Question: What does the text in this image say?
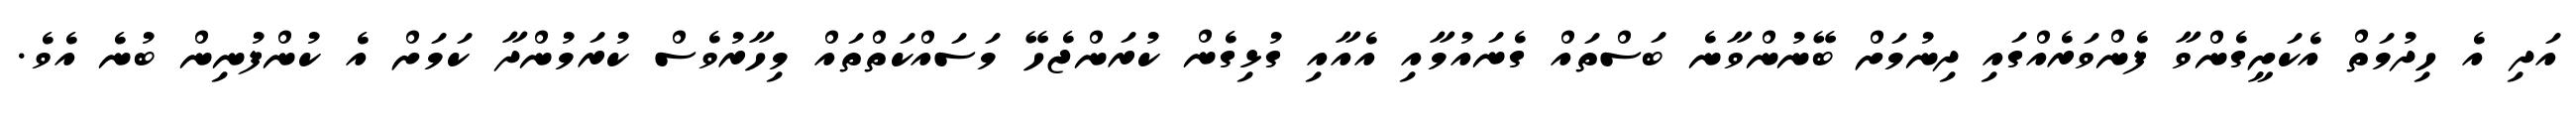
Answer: އަދި އެ ހިދުމަތް އެކަށީގެންވާ ފެންވަރެއްގައި ދިނުމަށް ބޭނުންވާނެ ބަސްތައް ގެނައުމާއި އެއާއި ގުޅިގެން ކުރަންޖެހޭ މަސައްކަތްތައް މިހާރުވެސް ކުރަމުންދާ ކަމަށް އެ ކުންފުނިން ބުނެ އެވެ.